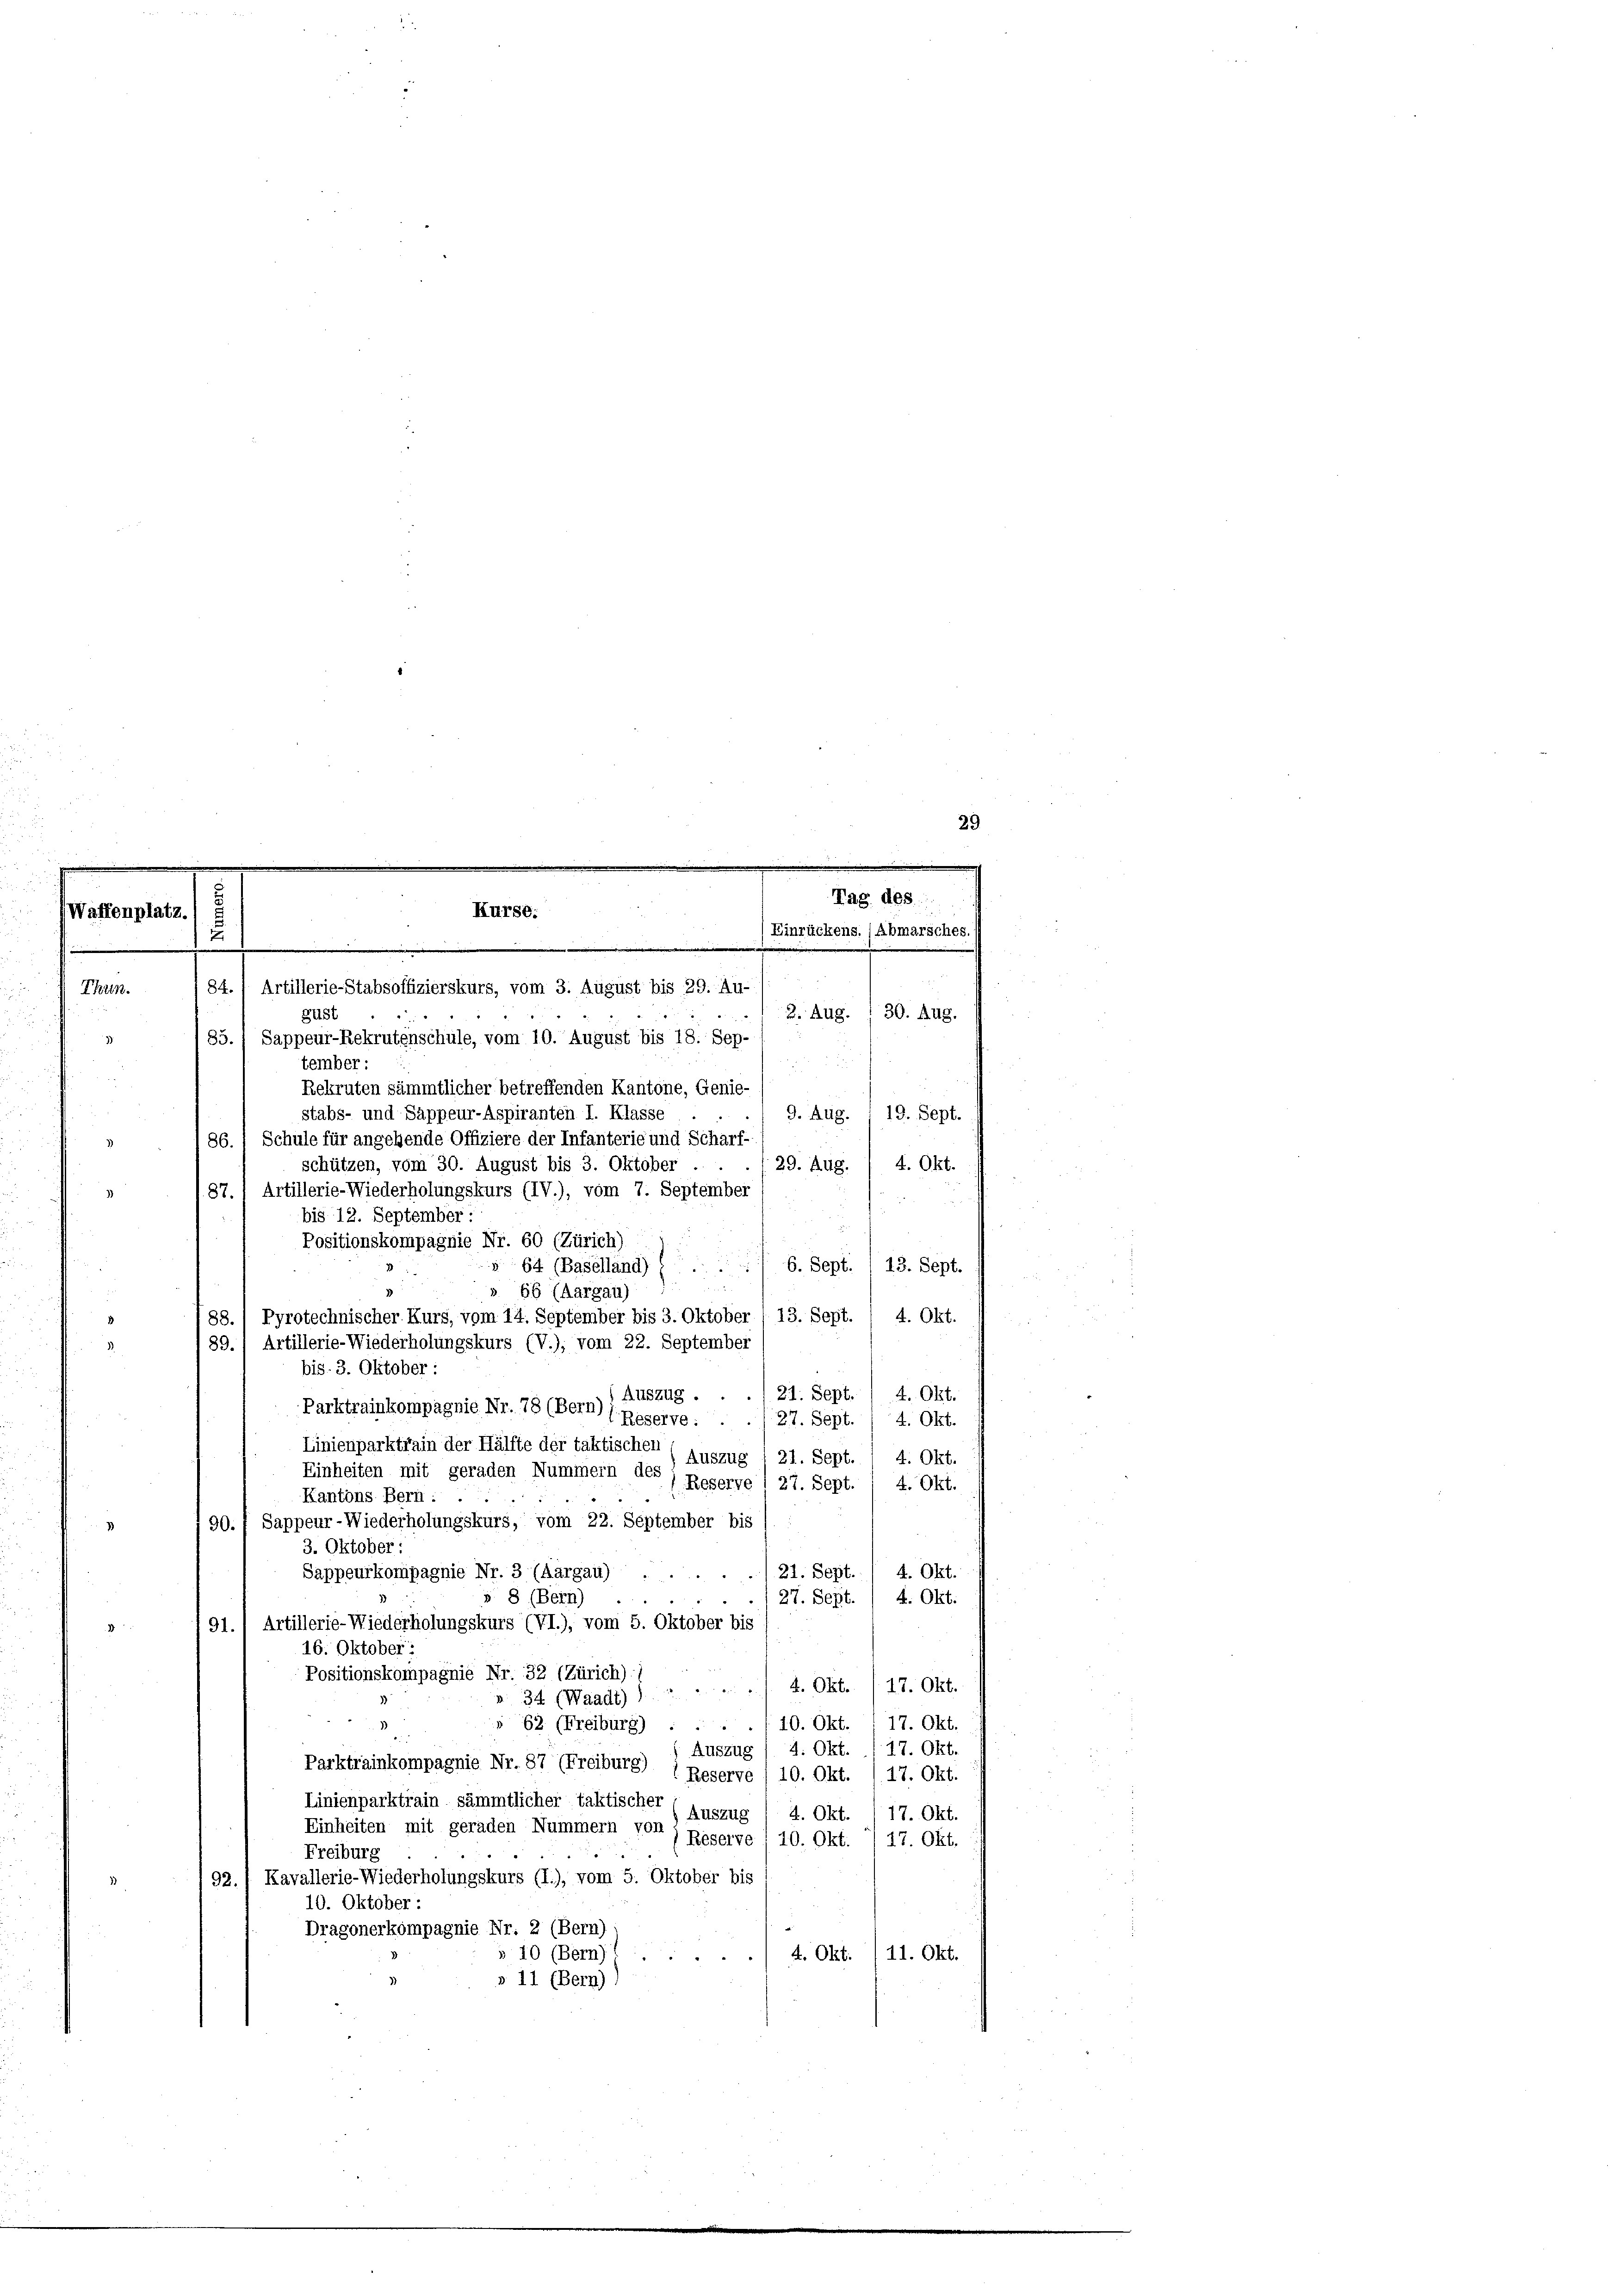
e

Waffenplatz.
u

84.) Artillerie-Stabsoffizierskurs, vom 3. August bis 29. Au-
Thun.
2. Aug. 130. Aug.
gust
85. Sappeur-Rekrutenschule, vom 10. August bis 18. Sep-
3)
tember:
u
Rekruten sämmtlicher betreffenden Kantone, Genie-
stabs- und Sappeur-Aspiranten I. Klasse
9. Aug. / 19. Sept.
86.) Schule für angehende Offiziere der Infanterie und Scharf-
)
29. Aug. / 4. Okt.
schützen, vom 30. August bis 3. Oktober .
87. Artillerie-Wiederholungskurs (IV.), vom 7. September)
bis 12. September :
Positionskompagnie Nr. 60 (Zürich) :
§ 64 (Baselland) (... 6. Sept. / 13. Sept.
». 66 (Aargau)
Pyrotechnischer Kurs, vom 14. September bis 3. Oktober (13. Sept. / 4. Okt.
88.
3
89.) Artillerie-Wiederholungskurs (V.), vom 22. September
1
bis. 3. Oktober:
21. Sept.
4. Okt.
Auszug.
Parktrainkompagnie Nr. 78 (Bern)
Reserve :
27. Sept.
4. Okt.
Linienparktrain der Hälfte der taktischen
Auszug
21. Sept.
4. Okt.
Einheiten mit geraden Nummern des
Reserve I 27. Sept. 1 4. Okt.
Kantons Bern :
90. f Sappeur-Wiederholungskurs, vom 22. September bis
3. Oktober:
4. Okt.
/21. Sept.
Sappeurkompagnie Nr. 3 (Aargau) .
s 8 (Bern)
4. Okt.
27. Sept
91.) Artillerie-Wiederholungskurs (VI.), vom 5. Oktober bis
16. Oktober:
1
Positionskompagnie Nr. 32 (Zürich)
». 34 (Waadt) ) . . . 4. Okt./17. Okt.
17. Okt.
§ 62 (Freiburg) . . . . . 10. Okt.
17. Okt.
4. Okt.
Auszug
Parktrainkompagnie Nr. 87 (Freiburg)
17. Okt.
Reserve /10. Okt.
Linienparktrain sämmtlicher taktischer
2. Okt.
Auszug
17. Okt.
Einheiten mit geraden Nummern von
Reserve
10. Okt.
17. Okt.
Freiburg
92.) Kavallerie-Wiederholungskurs (I.), vom 5. Oktober bis
10. Oktober:
Dragonerkompagnie Nr. 2 (Bern)
» 10 (Bern)
4. Okt./11. Okt.
» 11 (Bern)

Kurse:
..................................................
.
.

29
.
Tag des
Einrückens. (Abmarsches.